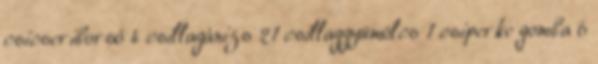
csicseriborsó 4 csillagánizs 21 csillaggyümölcs 1 csiperke gomba 6